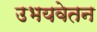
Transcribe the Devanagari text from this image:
उभयवेतन